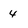
Character: 4